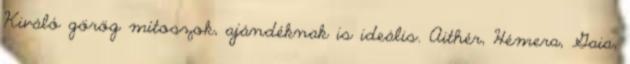
Kiváló görög mítoszok, ajándéknak is ideális. Aithér, Hémera, Gaia,